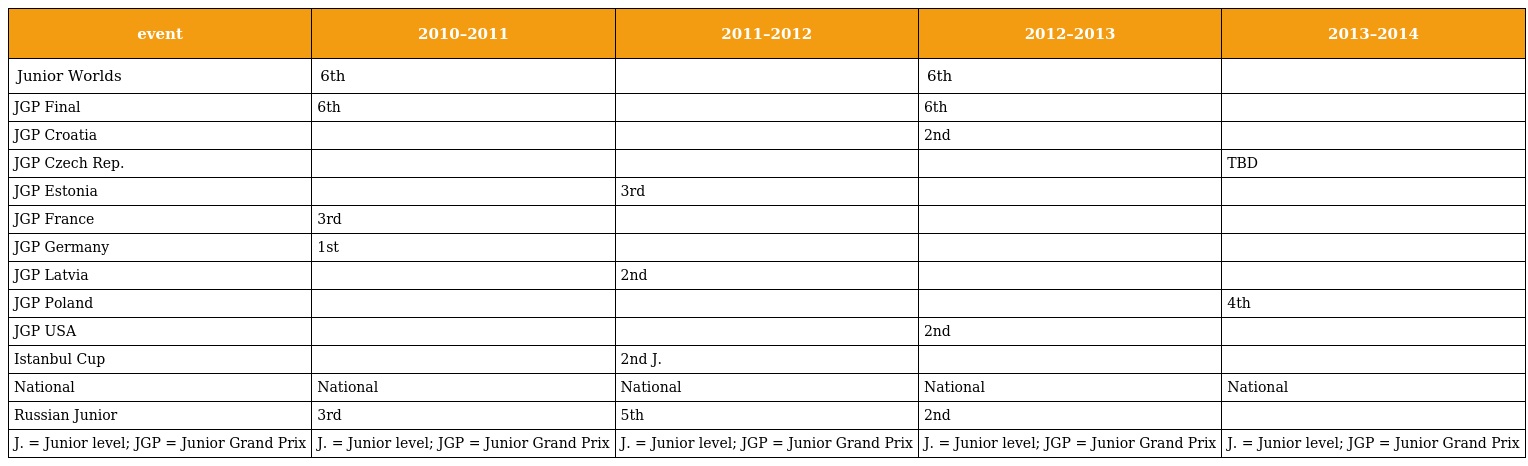
| event | 2010–2011 | 2011–2012 | 2012–2013 | 2013–2014 |
 | --- | --- | --- | --- | --- |
 | Junior Worlds | 6th |  | 6th |  |
 | JGP Final | 6th |  | 6th |  |
 | JGP Croatia |  |  | 2nd |  |
 | JGP Czech Rep. |  |  |  | TBD |
 | JGP Estonia |  | 3rd |  |  |
 | JGP France | 3rd |  |  |  |
 | JGP Germany | 1st |  |  |  |
 | JGP Latvia |  | 2nd |  |  |
 | JGP Poland |  |  |  | 4th |
 | JGP USA |  |  | 2nd |  |
 | Istanbul Cup |  | 2nd J. |  |  |
 | National | National | National | National | National |
 | Russian Junior | 3rd | 5th | 2nd |  |
 | J. = Junior level; JGP = Junior Grand Prix | J. = Junior level; JGP = Junior Grand Prix | J. = Junior level; JGP = Junior Grand Prix | J. = Junior level; JGP = Junior Grand Prix | J. = Junior level; JGP = Junior Grand Prix |